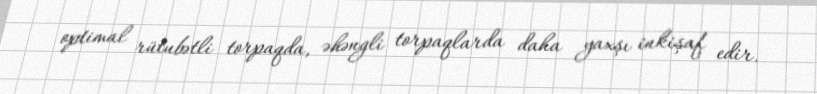
optimal rütubətli torpaqda, əhəngli torpaqlarda daha yaxşı inkişaf edir.